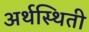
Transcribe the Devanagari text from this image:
अर्थस्थिती